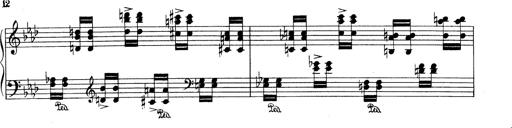
Title: Variationen Ã¼ber das Motiv von Bach
Composer: Franz Liszt